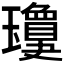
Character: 𱰂